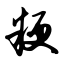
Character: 粳